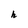
Character: h